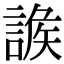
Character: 𧩩